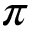
\pi